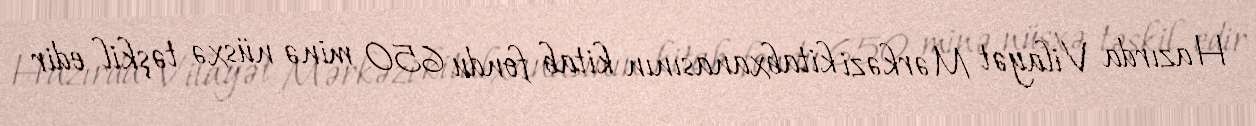
Hazırda Vilayət Mərkəzi kitabxanasının kitab fondu 650 minə nüsxə təşkil edir